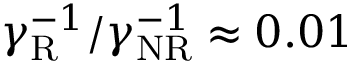
\gamma _ { \mathrm { R } } ^ { - 1 } / \gamma _ { \mathrm { N R } } ^ { - 1 } \approx 0 . 0 1